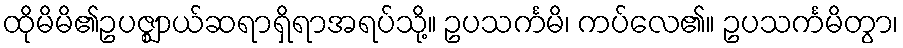
ထိုမိမိ၏ဥပဇ္ဈာယ်ဆရာရှိရာအရပ်သို့။ ဥပသင်္ကမိ၊ ကပ်လေ၏။ ဥပသင်္ကမိတွာ၊